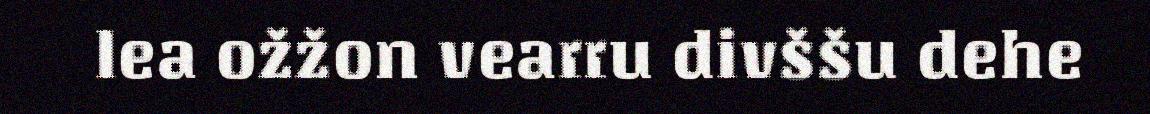
lea ožžon vearru divššu dehe